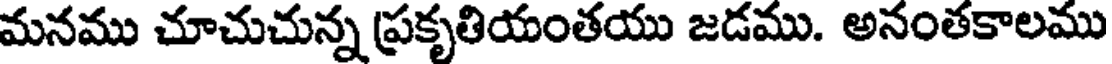
మనము చూచుచున్న ప్రకృతియంతయు జడము. అనంతకాలము